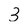
Character: 3